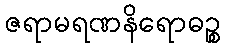
ဇရာမရဏနိရောဓဉ္စ